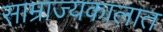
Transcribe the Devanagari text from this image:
साम्राज्यकालात